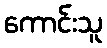
ကောင်းသူ